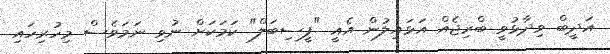
އަދީބް ވިދާޅުވީ ބްރިޖެއް އަޅައިލުން އެއީ "ފީސިބަލް" ކަމަކަށް ނުވި ނަމަވެސް މިހުރިހައި